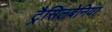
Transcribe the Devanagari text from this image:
ट्रैसिलबेनिया